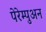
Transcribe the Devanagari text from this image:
पेरेम्पुअन